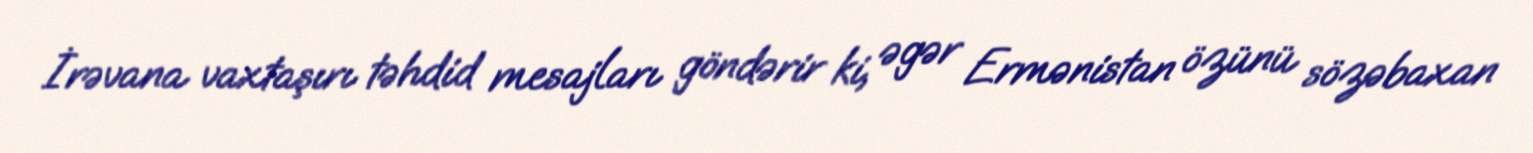
İrəvana vaxtaşırı təhdid mesajları göndərir ki, əgər Ermənistan özünü sözəbaxan